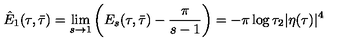
\hat { E } _ { 1 } ( \tau , \bar { \tau } ) = \lim _ { s \rightarrow 1 } \left( E _ { s } ( \tau , \bar { \tau } ) - \frac { \pi } { s - 1 } \right) = - \pi \log \tau _ { 2 } | \eta ( \tau ) | ^ { 4 }